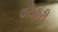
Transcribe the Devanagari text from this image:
कतकरी